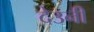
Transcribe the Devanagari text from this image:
देउनी